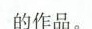
的作品。